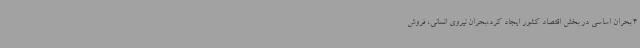
4 بحران اساسی در بخش اقتصاد کشور ایجاد کرد،بحران نیروی انسانی، فروش